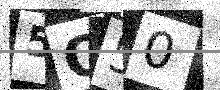
Text: 5O50